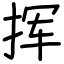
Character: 挥